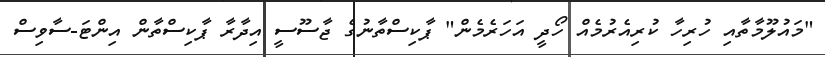
"މައުލޫމާތާއި ހުރިހާ ކުރިއެރުމެއް ހޯދީ އަހަރެމެން" ޕާކިސްތާނުގެ ޖާސޫސީ އިދާރާ ޕާކިސްތާން އިންޓަ-ސާވިސް